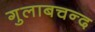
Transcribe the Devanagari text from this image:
गुलाबचन्द